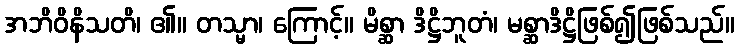
အဘိဝိနိသတိ၊ ၏။ တသ္မာ၊ ကြောင့်။ မိစ္ဆာ ဒိဋ္ဌိဘူတံ၊ မစ္ဆာဒိဋ္ဌိဖြစ်၍ဖြစ်သည်။